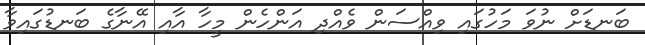
ބަނޑަށް ނުވަ މަހުގައި ވިއްސަން ވެއްދި އަންހެން މީހާ އާއި އޭނާގެ ބަނޑުގައިވާ